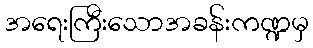
အရေးကြီးသောအခန်းကဏ္ဍမှ